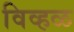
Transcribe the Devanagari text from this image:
विव्हळ